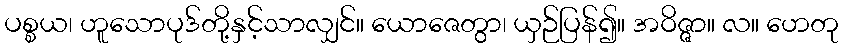
ပစ္စယ၊ ဟူသောပုဒ်တို့နှင့်သာလျှင်။ ယောဇေတွာ၊ ယှဉ်ပြန်၍။ အဝိဇ္ဇာ။ လ။ ဟေတု